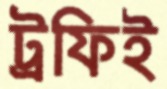
ট্রফিই